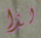
لذا